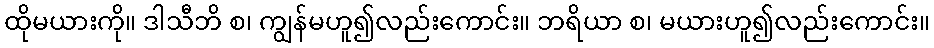
ထိုမယားကို။ ဒါသီဘိ စ၊ ကျွန်မဟူ၍လည်းကောင်း။ ဘရိယာ စ၊ မယားဟူ၍လည်းကောင်း။